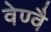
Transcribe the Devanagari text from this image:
वेण्वै